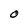
Character: o